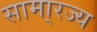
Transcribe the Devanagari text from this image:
सामा्रज्य